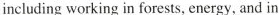
including working in forests, energy, and in